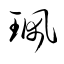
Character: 珮